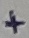
Text: +